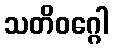
သတိဝဂ္ဂေါ